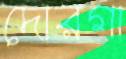
দোরগা